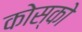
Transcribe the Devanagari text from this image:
कोस्को